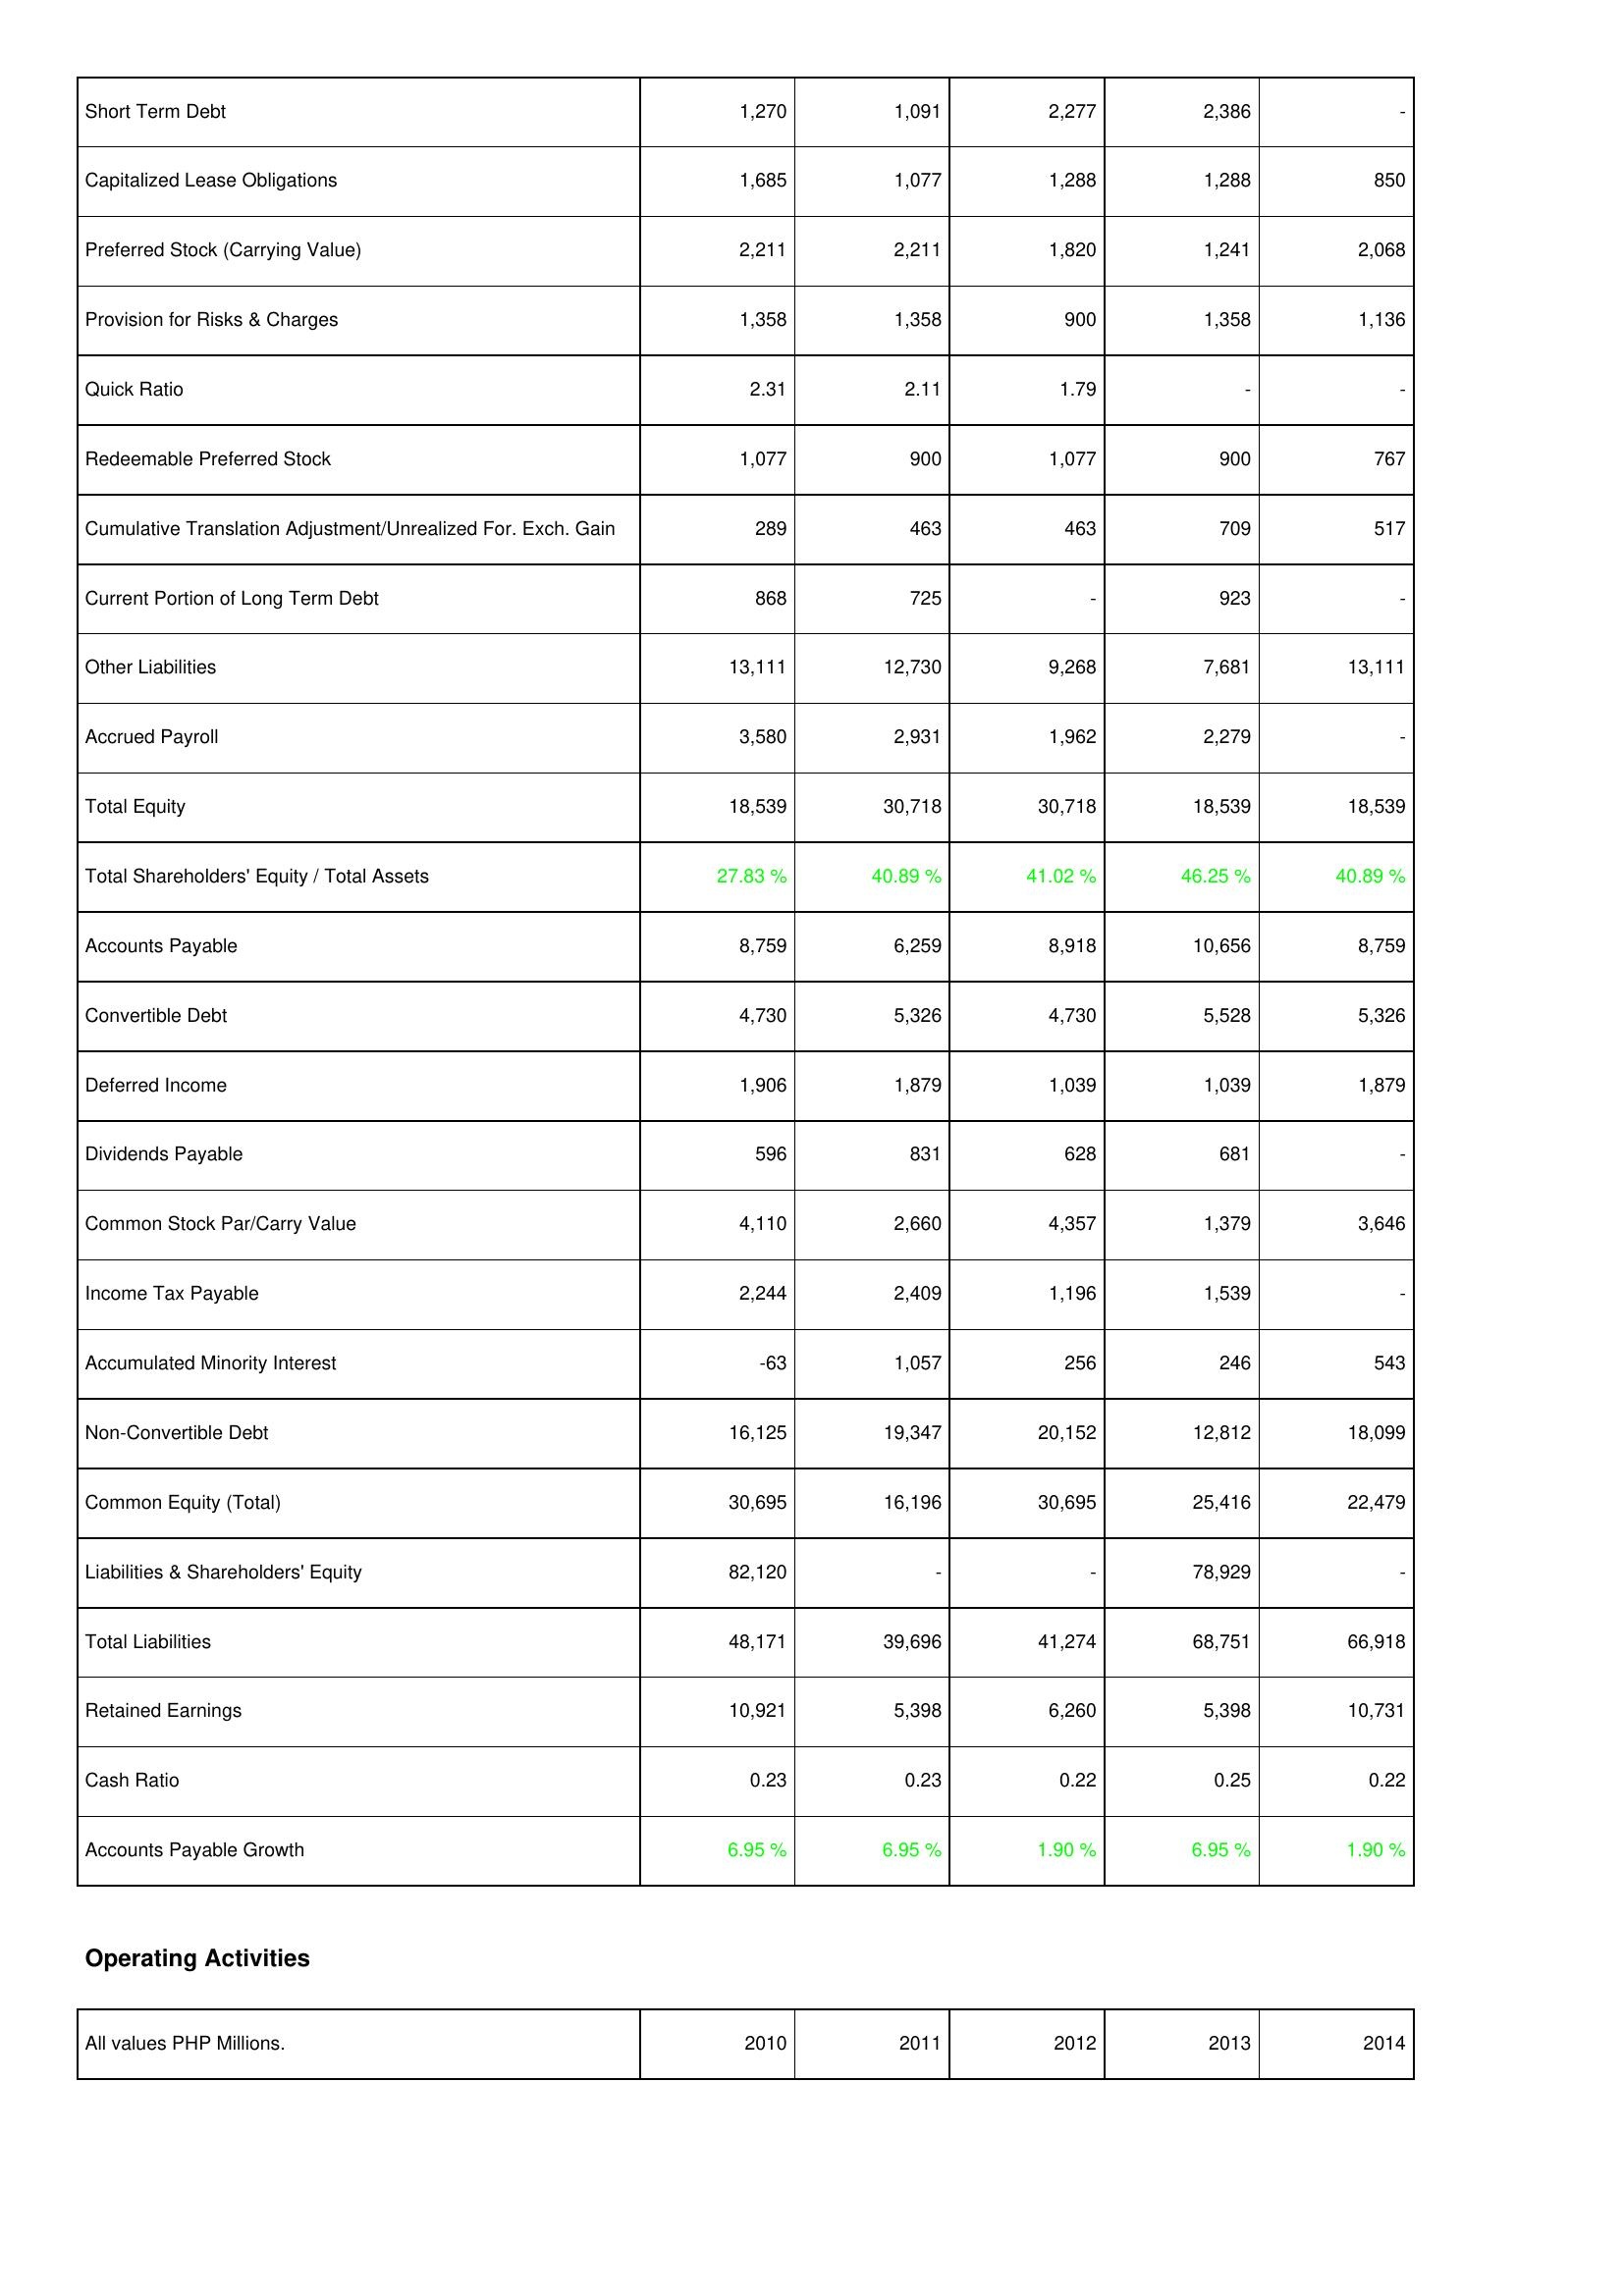
2010: Liabilities & Shareholders' Equity: Short Term Debt: 1,270
Capitalized Lease Obligations: 1,685
Preferred Stock (Carrying Value): 2,211
Provision for Risks & Charges: 1,358
Quick Ratio: 2.31
Redeemable Preferred Stock: 1,077
Cumulative Translation Adjustment/Unrealized For. Exch. Gain: 289
Current Portion of Long Term Debt: 868
Other Liabilities: 13,111
Accrued Payroll: 3,580
Total Equity: 18,539
Total Shareholders' Equity / Total Assets: 27.83 %
Accounts Payable: 8,759
Convertible Debt: 4,730
Deferred Income: 1,906
Dividends Payable: 596
Common Stock Par/Carry Value: 4,110
Income Tax Payable: 2,244
Accumulated Minority Interest: -63
Non-Convertible Debt: 16,125
Common Equity (Total): 30,695
Liabilities & Shareholders' Equity: 82,120
Total Liabilities: 48,171
Retained Earnings: 10,921
Cash Ratio: 0.23
Accounts Payable Growth: 6.95 %
2011: Liabilities & Shareholders' Equity: Short Term Debt: 1,091
Capitalized Lease Obligations: 1,077
Preferred Stock (Carrying Value): 2,211
Provision for Risks & Charges: 1,358
Quick Ratio: 2.11
Redeemable Preferred Stock: 900
Cumulative Translation Adjustment/Unrealized For. Exch. Gain: 463
Current Portion of Long Term Debt: 725
Other Liabilities: 12,730
Accrued Payroll: 2,931
Total Equity: 30,718
Total Shareholders' Equity / Total Assets: 40.89 %
Accounts Payable: 6,259
Convertible Debt: 5,326
Deferred Income: 1,879
Dividends Payable: 831
Common Stock Par/Carry Value: 2,660
Income Tax Payable: 2,409
Accumulated Minority Interest: 1,057
Non-Convertible Debt: 19,347
Common Equity (Total): 16,196
Liabilities & Shareholders' Equity: -
Total Liabilities: 39,696
Retained Earnings: 5,398
Cash Ratio: 0.23
Accounts Payable Growth: 6.95 %
2012: Liabilities & Shareholders' Equity: Short Term Debt: 2,277
Capitalized Lease Obligations: 1,288
Preferred Stock (Carrying Value): 1,820
Provision for Risks & Charges: 900
Quick Ratio: 1.79
Redeemable Preferred Stock: 1,077
Cumulative Translation Adjustment/Unrealized For. Exch. Gain: 463
Current Portion of Long Term Debt: -
Other Liabilities: 9,268
Accrued Payroll: 1,962
Total Equity: 30,718
Total Shareholders' Equity / Total Assets: 41.02 %
Accounts Payable: 8,918
Convertible Debt: 4,730
Deferred Income: 1,039
Dividends Payable: 628
Common Stock Par/Carry Value: 4,357
Income Tax Payable: 1,196
Accumulated Minority Interest: 256
Non-Convertible Debt: 20,152
Common Equity (Total): 30,695
Liabilities & Shareholders' Equity: -
Total Liabilities: 41,274
Retained Earnings: 6,260
Cash Ratio: 0.22
Accounts Payable Growth: 1.90 %
2013: Liabilities & Shareholders' Equity: Short Term Debt: 2,386
Capitalized Lease Obligations: 1,288
Preferred Stock (Carrying Value): 1,241
Provision for Risks & Charges: 1,358
Quick Ratio: -
Redeemable Preferred Stock: 900
Cumulative Translation Adjustment/Unrealized For. Exch. Gain: 709
Current Portion of Long Term Debt: 923
Other Liabilities: 7,681
Accrued Payroll: 2,279
Total Equity: 18,539
Total Shareholders' Equity / Total Assets: 46.25 %
Accounts Payable: 10,656
Convertible Debt: 5,528
Deferred Income: 1,039
Dividends Payable: 681
Common Stock Par/Carry Value: 1,379
Income Tax Payable: 1,539
Accumulated Minority Interest: 246
Non-Convertible Debt: 12,812
Common Equity (Total): 25,416
Liabilities & Shareholders' Equity: 78,929
Total Liabilities: 68,751
Retained Earnings: 5,398
Cash Ratio: 0.25
Accounts Payable Growth: 6.95 %
2014: Liabilities & Shareholders' Equity: Short Term Debt: -
Capitalized Lease Obligations: 850
Preferred Stock (Carrying Value): 2,068
Provision for Risks & Charges: 1,136
Quick Ratio: -
Redeemable Preferred Stock: 767
Cumulative Translation Adjustment/Unrealized For. Exch. Gain: 517
Current Portion of Long Term Debt: -
Other Liabilities: 13,111
Accrued Payroll: -
Total Equity: 18,539
Total Shareholders' Equity / Total Assets: 40.89 %
Accounts Payable: 8,759
Convertible Debt: 5,326
Deferred Income: 1,879
Dividends Payable: -
Common Stock Par/Carry Value: 3,646
Income Tax Payable: -
Accumulated Minority Interest: 543
Non-Convertible Debt: 18,099
Common Equity (Total): 22,479
Liabilities & Shareholders' Equity: -
Total Liabilities: 66,918
Retained Earnings: 10,731
Cash Ratio: 0.22
Accounts Payable Growth: 1.90 %